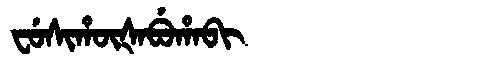
Manchu: ᠸᡠᠰᡳᡥᡡᡧᠠᠪᡠᡥᠠᠪᡳ
Romanization: FUSIHŪŠABUHABI